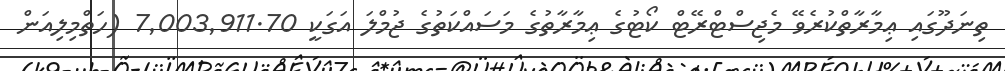
ތިނަދޫގައި ޢިމާރާތްކުރެވޭ މެޖިސްޓްރޭޓް ކޯޓުގެ ޢިމާރާތުގެ މަސައްކަތުގެ ޖުމްލަ އަގަކީ 7